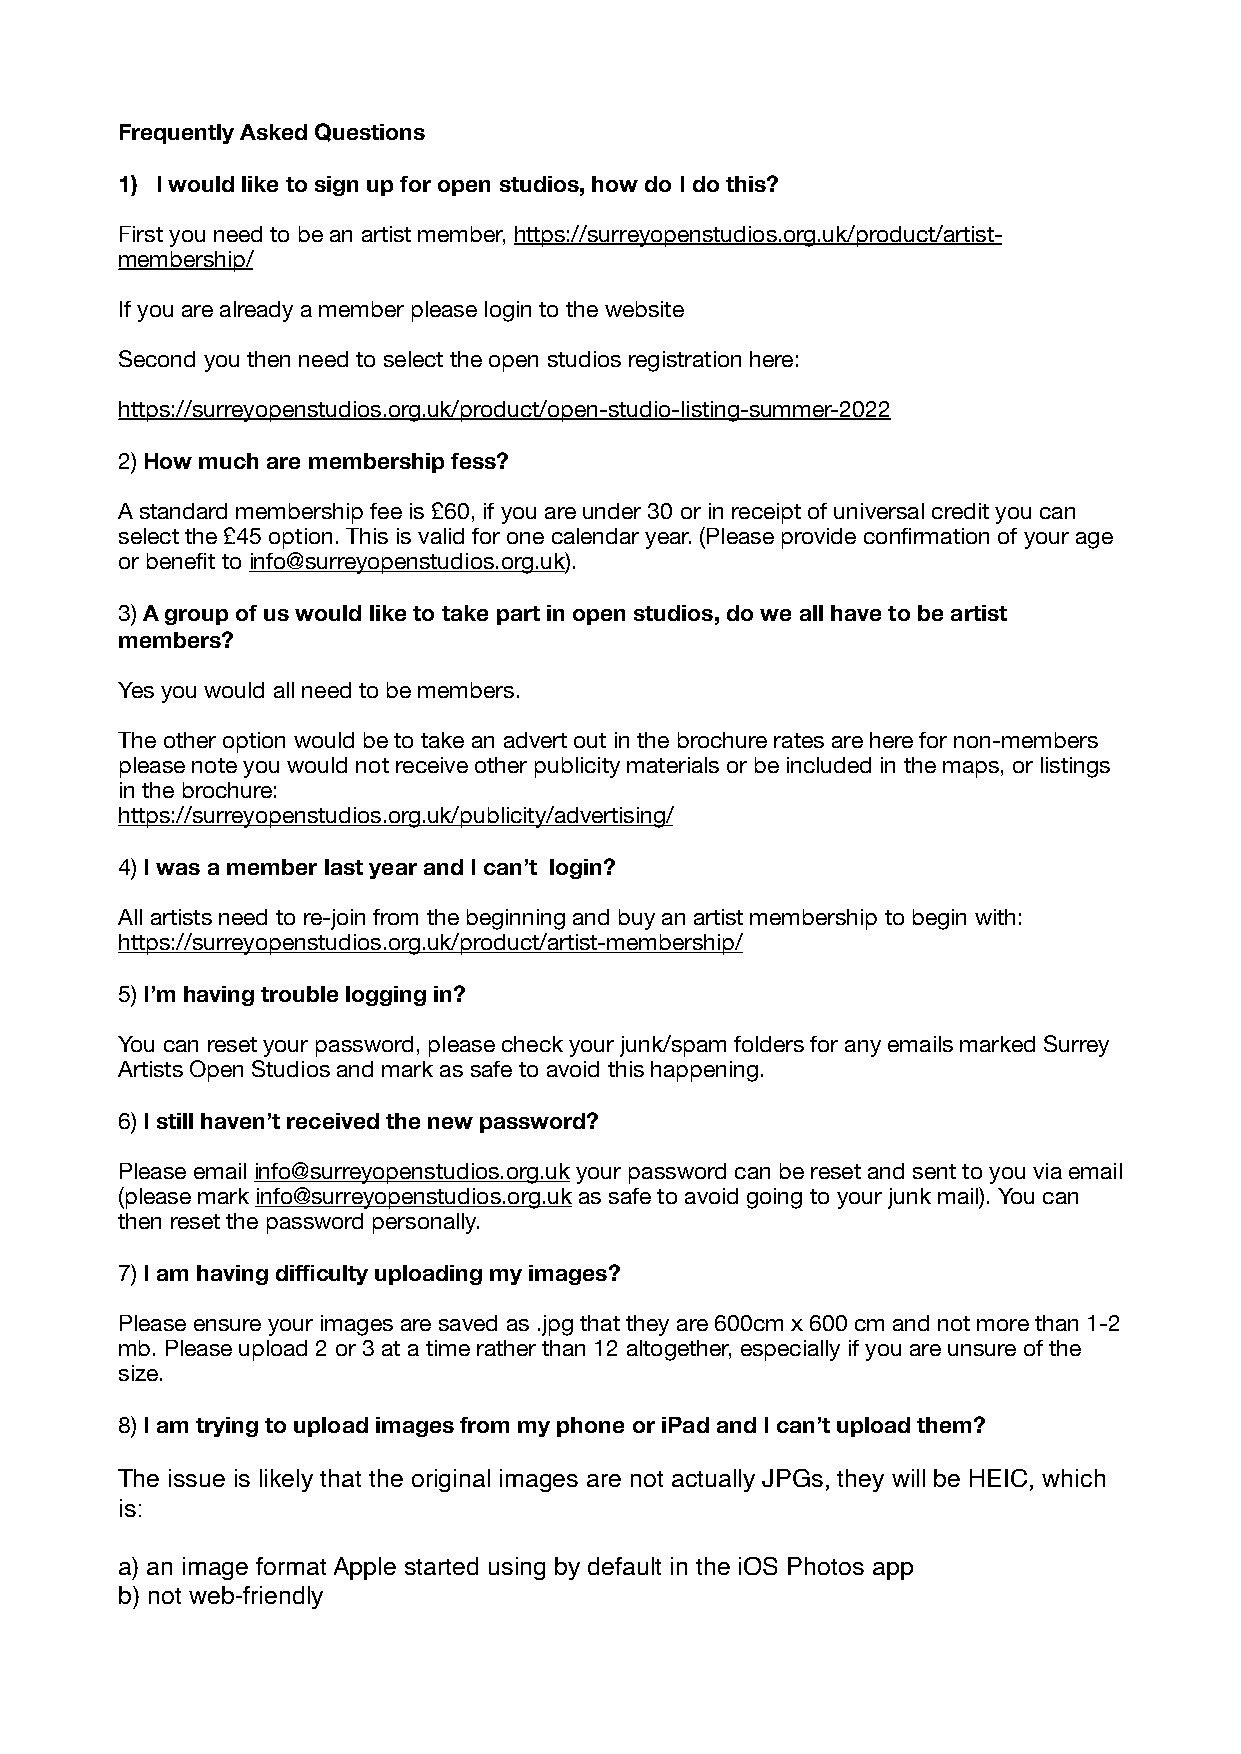
Frequently Asked Questions
 1) I would like to sign up for open studios, how do I do this?
 First you need to be an artist member, https://surreyopenstudios.org.uk/product/artist-
 membership/
 If you are already a member please login to the website
 Second you then need to select the open studios registration here:
 https://surreyopenstudios.org.uk/product/open-studio-listing-summer-2022
 2) How much are membership fess?
 A standard membership fee is £60, if you are under 30 or in receipt of universal credit you can
 select the £45 option. This is valid for one calendar year. (Please provide confirmation of your age
 or benefit to info@surreyopenstudios.org.uk).
 3) A group of us would like to take part in open studios, do we all have to be artist
 members?
 Yes you would all need to be members.
 The other option would be to take an advert out in the brochure rates are here for non-members
 please note you would not receive other publicity materials or be included in the maps, or listings
 in the brochure:
 https://surreyopenstudios.org.uk/publicity/advertising/
 4) I was a member last year and I can’t login?
 All artists need to re-join from the beginning and buy an artist membership to begin with:
 https://surreyopenstudios.org.uk/product/artist-membership/
 5) I’m having trouble logging in?
 You can reset your password, please check your junk/spam folders for any emails marked Surrey
 Artists Open Studios and mark as safe to avoid this happening.
 6) I still haven’t received the new password?
 Please email info@surreyopenstudios.org.uk your password can be reset and sent to you via email
 (please mark info@surreyopenstudios.org.uk as safe to avoid going to your junk mail). You can
 then reset the password personally.
 7) I am having difficulty uploading my images?
 Please ensure your images are saved as .jpg that they are 600cm x 600 cm and not more than 1-2
 mb. Please upload 2 or 3 at a time rather than 12 altogether, especially if you are unsure of the
 size.
 8) I am trying to upload images from my phone or iPad and I can’t upload them?
 The issue is likely that the original images are not actually JPGs, they will be HEIC, which
 is:
 a) an image format Apple started using by default in the iOS Photos app
 b) not web-friendly